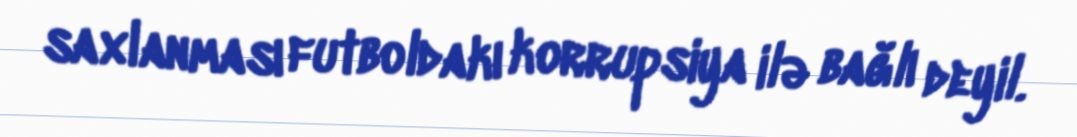
saxlanması futboldakı korrupsiya ilə bağlı deyil.